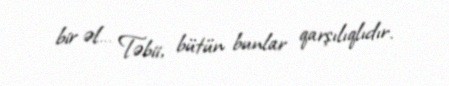
bir əl… Təbii, bütün bunlar qarşılıqlıdır.